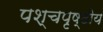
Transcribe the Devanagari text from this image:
पश्चपृष्ठीय